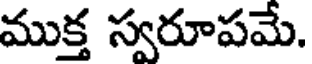
ముక్త స్వరూపమే.